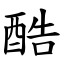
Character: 酷